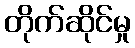
တိုက်ဆိုင်မှု